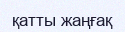
қатты жаңғақ